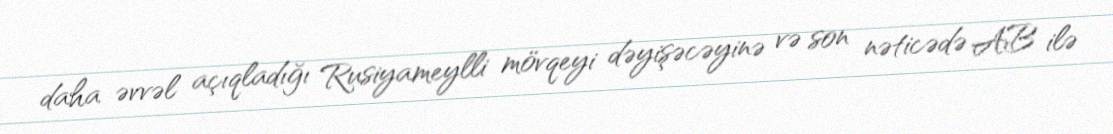
daha əvvəl açıqladığı Rusiyameylli mövqeyi dəyişəcəyinə və son nəticədə AB ilə